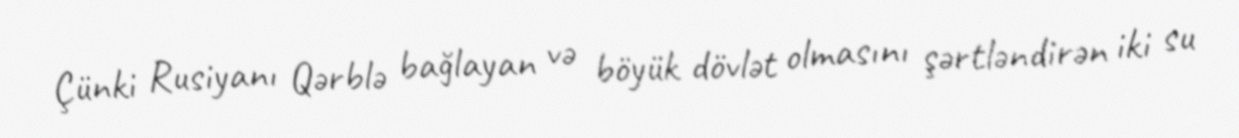
Çünki Rusiyanı Qərblə bağlayan və böyük dövlət olmasını şərtləndirən iki su